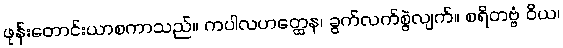
ဖုန်းတောင်းယာစကာသည်။ ကပါလဟတ္ထေန၊ ခွက်လက်စွဲလျက်။ စရိတဗ္ဗံ ဝိယ၊